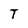
Character: T